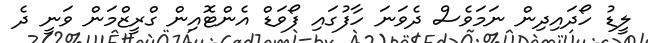
ލީޑު ހޯދައިދިން ނަމަަވެސް ދެވަނަ ހާފުގައި ފޯވަޑް އެންޓޮއިން ގްރީޒްމަން ވަނީ ދެ